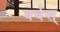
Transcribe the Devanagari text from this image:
वर्चस्